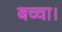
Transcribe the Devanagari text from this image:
बच्चा।